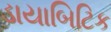
ડાયાબિટિક